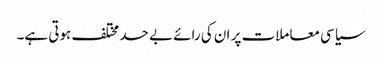
سیاسی معاملات پر ان کی رائے بے حد مختلف ہوتی ہے۔